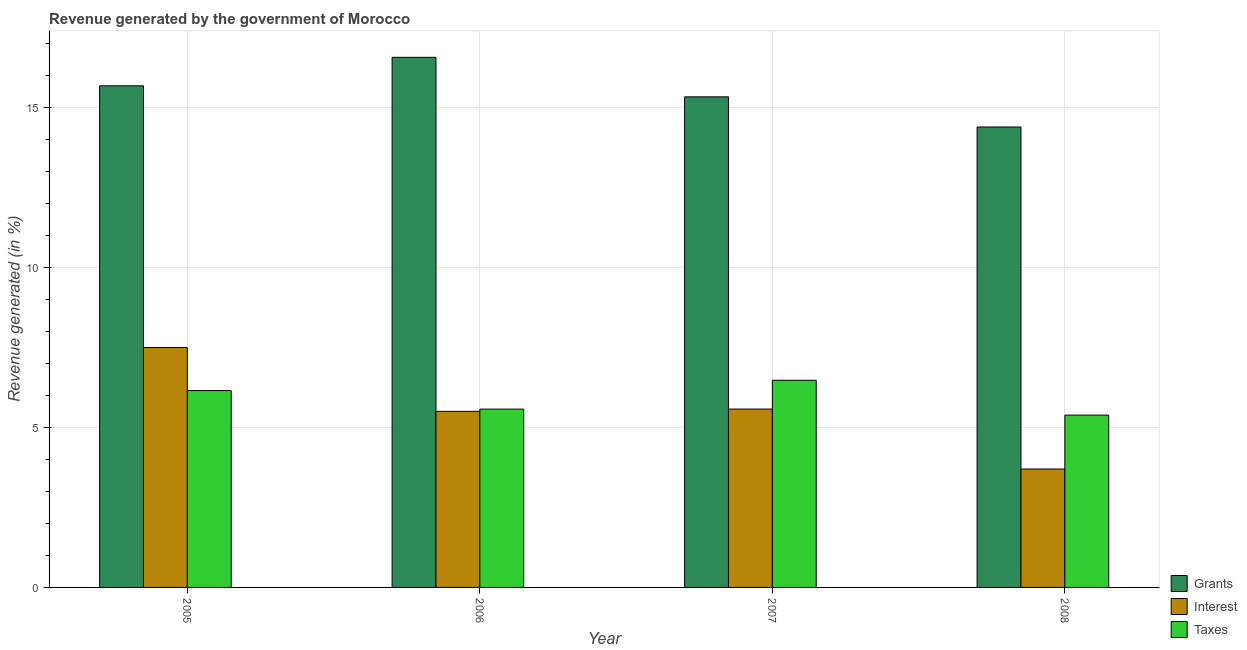
| Year | Grants | Interest | Taxes |
 | --- | --- | --- | --- |
 | 2005 | 15.7 | 7.49 | 6.15 |
 | 2006 | 16.6 | 5.5 | 5.57 |
 | 2007 | 15.3 | 5.57 | 6.47 |
 | 2008 | 14.4 | 3.7 | 5.38 |